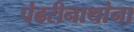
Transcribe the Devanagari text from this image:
पंढरीनाथांना